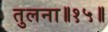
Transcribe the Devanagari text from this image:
तुलना॥१५॥